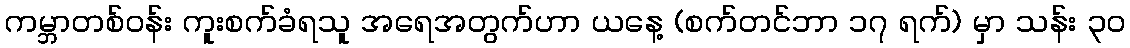
ကမ္ဘာတစ်ဝန်း ကူးစက်ခံရသူ အရေအတွက်ဟာ ယနေ့ (စက်တင်ဘာ ၁၇ ရက်) မှာ သန်း ၃၀